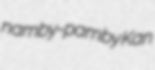
namby-pamby Kan